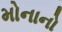
મોનાનો